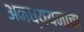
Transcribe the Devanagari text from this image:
अनध्ययनाचा